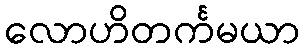
လောဟိတင်္ကမယာ